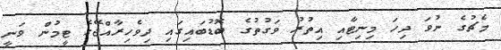
މެޗުގެ ނުވަ ދިހަ މިނިޓާއި އިތުުރު ވަގުތުގެ ބޮޑުބައިގައި ދިވެހިރާއްޖޭގެ ޓީމުން ވަނީ